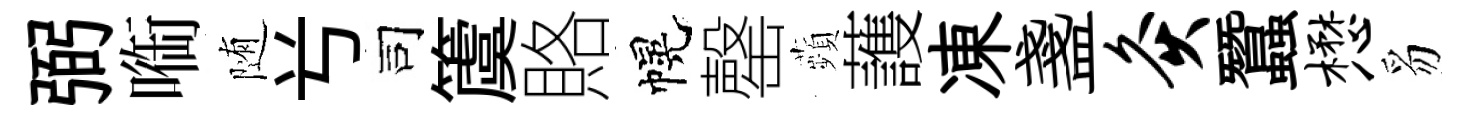
弼㗸随𠔃司𥵂賂幌罄蘋䕶凍盞灸蠶懋豸